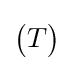
{\begin{pmatrix}T\end{pmatrix}}